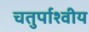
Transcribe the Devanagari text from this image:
चतुर्पाश्वीय